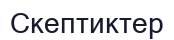
Скептиктер